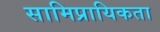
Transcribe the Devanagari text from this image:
सामिप्रायिकता